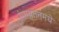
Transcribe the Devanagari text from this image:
रंगायतनमधे